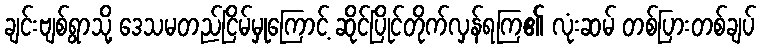
ချင်းဗျစ်ရွာသို့ ဒေသမတည်ငြိမ်မှုကြောင့် ဆိုင်ပြိုင်တိုက်လှန်ရကြ၏ လုံးဆမ် တစ်ပြားတစ်ချပ်